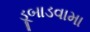
ડૂબાડવામા